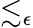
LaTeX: \lesssim_{\epsilon}